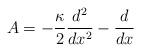
LaTeX: \begin{align*}A = - \frac{\kappa}{2} \frac{d^2}{d x^2} - \frac{d}{d x}\end{align*}